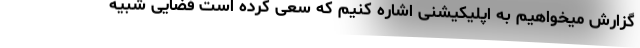
گزارش میخواهیم به اپلیکیشنی اشاره کنیم که سعی کرده است فضایی شبیه